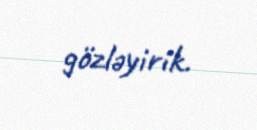
gözləyirik.